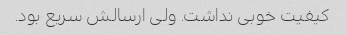
کیفیت خوبی نداشت. ولی ارسالش سریع بود.